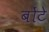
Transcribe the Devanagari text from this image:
बोंटे